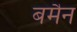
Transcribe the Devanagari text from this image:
बमैन